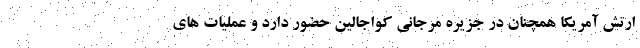
ارتش آمریکا همچنان در جزیره مرجانی کواجالین حضور دارد و عملیات های